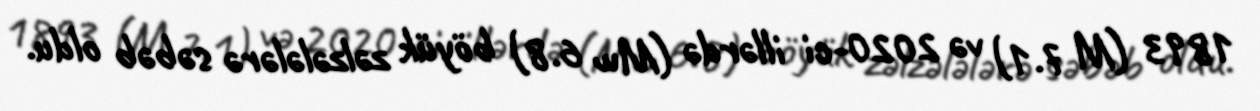
1893 (M 7.1) və 2020-ci illərdə (Mw 6.8) böyük zəlzələlərə səbəb oldu.